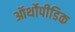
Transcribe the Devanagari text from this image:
ऑर्थोपीडिक